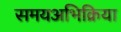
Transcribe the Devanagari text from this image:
समयअभिक्रिया